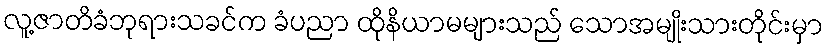
လူ့ဇာတိခံဘုရားသခင်က ခံပညာ ထိုနိယာမများသည် သောအမျိုးသားတိုင်းမှာ